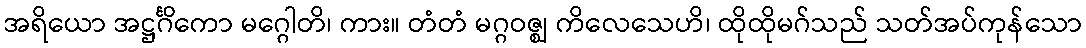
အရိယော အဋ္ဌင်္ဂိကော မဂ္ဂေါတိ၊ ကား။ တံတံ မဂ္ဂဝဇ္ဈ ကိလေသေဟိ၊ ထိုထိုမဂ်သည် သတ်အပ်ကုန်သော